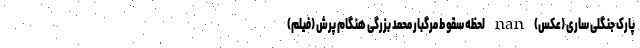
پارک جنگلی ساری (عکس) nan لحظه سقوط مرگبار محمد بزرگی هنگام پرش (فیلم)